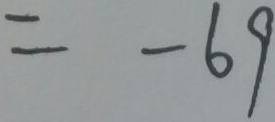
= - 6 9